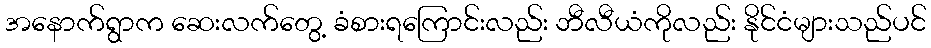
အနောက်ရွာက ဆေးလက်တွေ့ ခံစားရကြောင်းလည်း ဘီလီယံကိုလည်း နိုင်ငံများသည်ပင်